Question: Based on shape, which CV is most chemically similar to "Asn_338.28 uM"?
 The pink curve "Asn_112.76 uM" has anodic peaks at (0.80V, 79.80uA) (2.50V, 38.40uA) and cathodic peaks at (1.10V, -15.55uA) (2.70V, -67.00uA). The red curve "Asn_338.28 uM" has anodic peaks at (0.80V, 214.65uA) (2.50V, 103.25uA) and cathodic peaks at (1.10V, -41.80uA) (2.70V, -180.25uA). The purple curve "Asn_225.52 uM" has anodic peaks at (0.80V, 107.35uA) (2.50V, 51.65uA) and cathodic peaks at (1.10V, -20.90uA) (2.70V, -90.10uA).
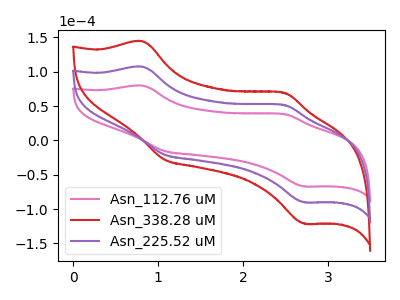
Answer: <think>All the peaks in "Asn_112.76 uM" have a peak in "Asn_338.28 uM" at the same potential. Every peak in "Asn_112.76 uM" is lower than every peak in "Asn_338.28 uM". All the peaks in "Asn_112.76 uM" have a peak in "Asn_225.52 uM" at the same potential. Every peak in "Asn_112.76 uM" is lower than every peak in "Asn_225.52 uM". All the peaks in "Asn_338.28 uM" have a peak in "Asn_225.52 uM" at the same potential. Every peak in "Asn_338.28 uM" is higher than every peak in "Asn_225.52 uM".
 </think>
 <answer>"Asn_338.28 uM" and "Asn_225.52 uM" have a similar shape to "Asn_112.76 uM".</answer>
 <eval>"Asn_338.28 uM" "Asn_225.52 uM"</eval>